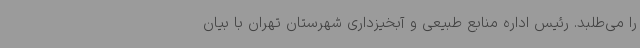
را می‌طلبد. رئیس اداره منابع طبیعی و آبخیزداری شهرستان تهران با بیان